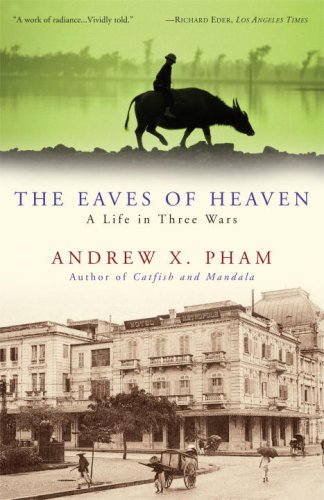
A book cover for The Eaves of Heaven: A Life in Three Wars; Andrew X. Pham; Biographies & Memoirs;